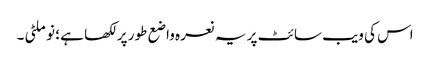
اس کی ویب سائٹ پر یہ نعرہ واضع طور پر لکھا ہے ؛ نو ملٹی ۔